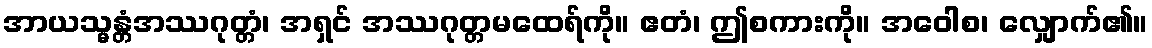
အာယသ္မန္တံအဿဂုတ္တံ၊ အရှင် အဿဂုတ္တမထေရ်ကို။ ဧတံ၊ ဤစကားကို။ အဝေါစ၊ လျှောက်၏။